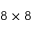
8 \times 8